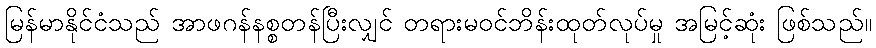
မြန်မာနိုင်ငံသည် အာဖဂန်နစ္စတန်ပြီးလျှင် တရားမဝင်ဘိန်းထုတ်လုပ်မှု အမြင့်ဆုံး ဖြစ်သည်။